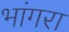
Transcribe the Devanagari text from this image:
भांगरा